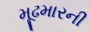
મૂઢમારની